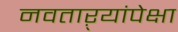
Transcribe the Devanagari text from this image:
नवताऱ्यांपेक्षा